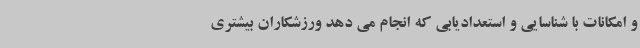
و امکانات با شناسایی و استعدادیابی که انجام می دهد ورزشکاران بیشتری